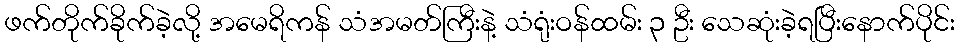
ဖက်တိုက်ခိုက်ခဲ့လို့ အမေရိကန် သံအမတ်ကြီးနဲ့ သံရုံးဝန်ထမ်း ၃ ဦး သေဆုံးခဲ့ရပြီးနောက်ပိုင်း